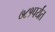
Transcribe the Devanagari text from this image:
७८१पर्यंत